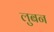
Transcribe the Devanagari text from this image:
लुबन